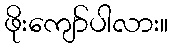
ဖိုးကျော်ပါလား။